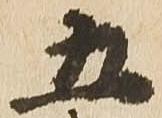
五